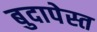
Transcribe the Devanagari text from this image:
बुदापेस्त